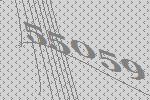
55059